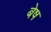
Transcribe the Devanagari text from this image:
बेष